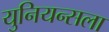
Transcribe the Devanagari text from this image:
युनियन्सला